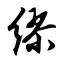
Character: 缪